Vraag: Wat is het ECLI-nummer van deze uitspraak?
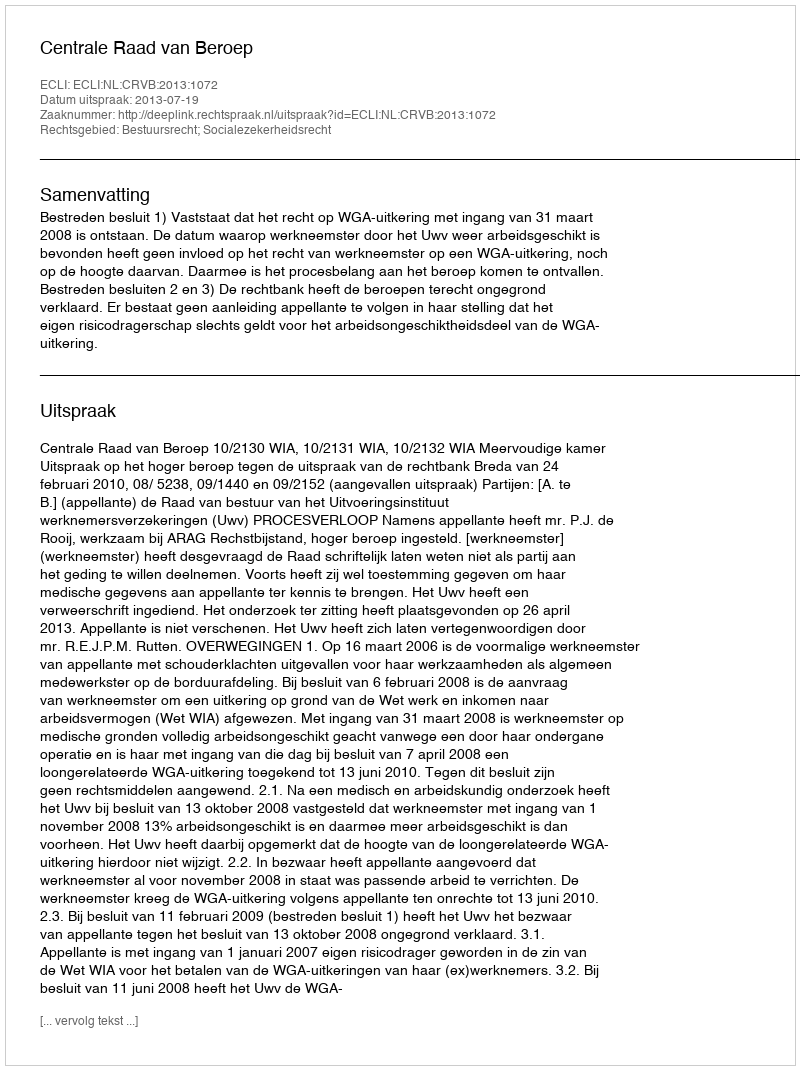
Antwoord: ECLI:NL:CRVB:2013:1072